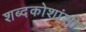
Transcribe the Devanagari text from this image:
शब्दकोशांशी